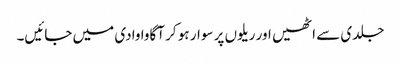
جلدی سے اٹھیں اور ریلوں پر سوار ہو کر آگاوا وادی میں جائیں۔